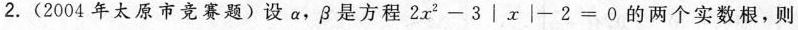
2. (2004年太原市竞赛题)设α，β是方程$$2 x ^ { 2 } - 3 │x | - 2 = 0$$的两个实数根，则